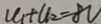
U _ { 1 } + U _ { 2 } = 8 V